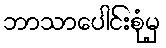
ဘာသာပေါင်းစုံမှ